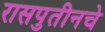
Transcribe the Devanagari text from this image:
रासपुतीनचे